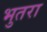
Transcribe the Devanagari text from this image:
भुतरा